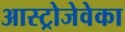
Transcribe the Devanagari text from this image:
आस्ट्रोजेवेका